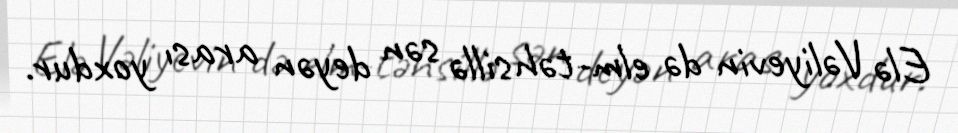
Elə Vəliyevin də elm-təhsillə sən deyən arası yoxdur.